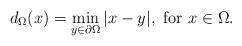
LaTeX: \begin{align*}d_\Omega(x)=\min_{y\in\partial\Omega} |x-y|,\mbox{ for }x\in\Omega.\end{align*}